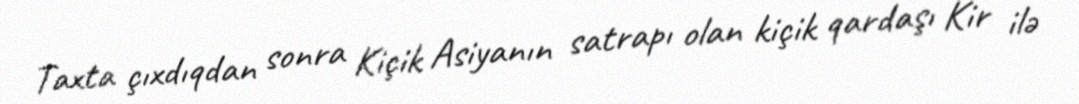
Taxta çıxdıqdan sonra Kiçik Asiyanın satrapı olan kiçik qardaşı Kir ilə